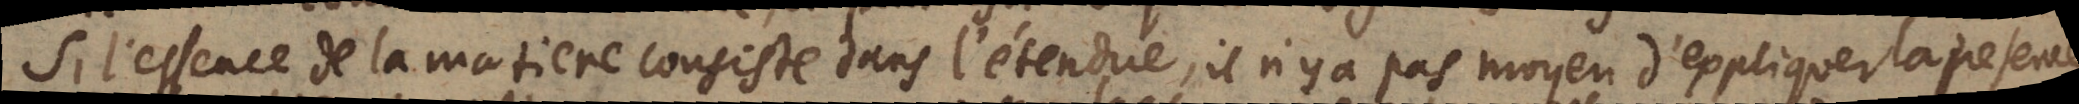
Si l’essence de la matiere consiste dans l’étendue, il n’y a pas moyen d’expliquer la presence